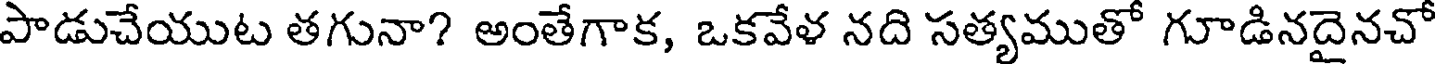
పాడుచేయుట తగునా? అంతేగాక, ఒకవేళ నది సత్యముతో గూడినదైనచో